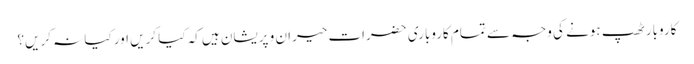
کاروبار ٹھپ ہونے کی وجہ سے تمام کاروباری حضرات حیران و پریشان ہیں کہ کیا کریں اور کیا نہ کریں؟